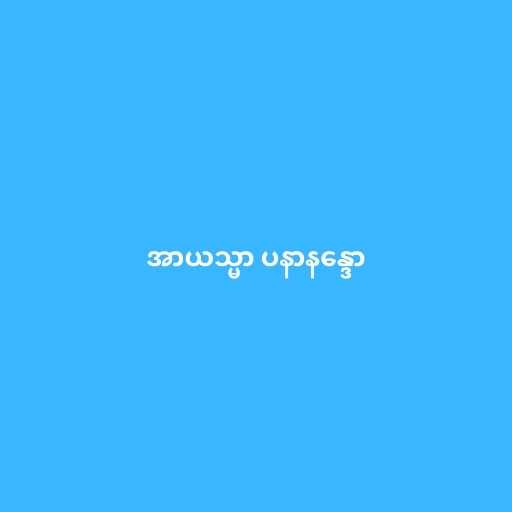
အာယသ္မာ ပနာနန္ဒော